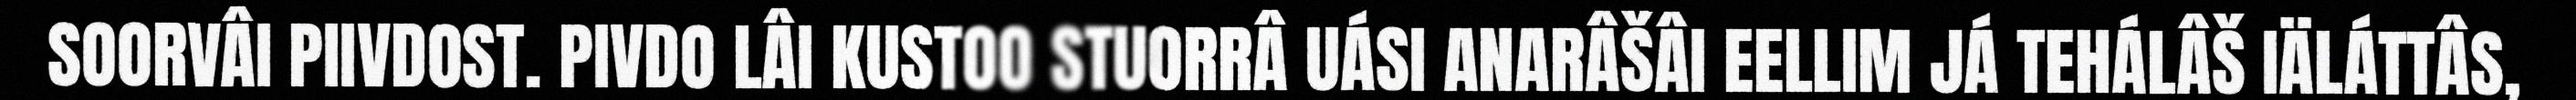
SOORVÂI PIIVDOST. PIVDO LÂI KUSTOO STUORRÂ UÁSI ANARÂŠÂI EELLIM JÁ TEHÁLÂŠ IÄLÁTTÂS,